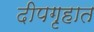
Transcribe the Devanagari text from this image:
दीपगृहात